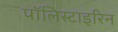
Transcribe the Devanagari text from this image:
पॉलिस्टाइरिन